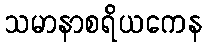
သမာနာစရိယကေန